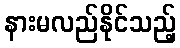
နားမလည်နိုင်သည့်